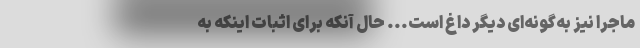
ماجرا نیز به‌گونه‌ای دیگر داغ است... حال آنکه برای اثبات اینکه به